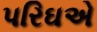
પરિઘએ